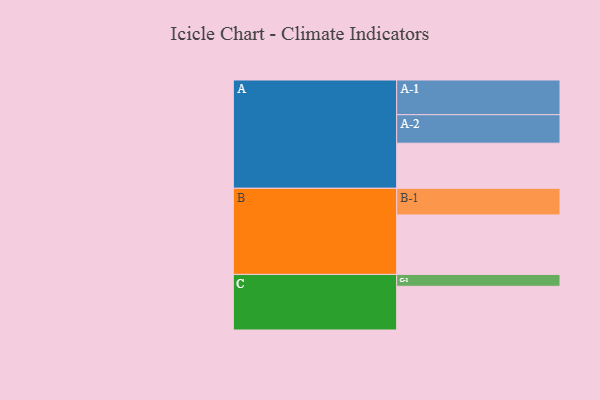
{"axis": {"x": "Segment", "y": "Value"}, "legend": ["", "A", "B", "C"], "data": [{"x": "A", "y": 386, "type": ""}, {"x": "B", "y": 509, "type": ""}, {"x": "C", "y": 374, "type": ""}, {"x": "A-1", "y": 297, "type": "A"}, {"x": "A-2", "y": 244, "type": "A"}, {"x": "B-1", "y": 228, "type": "B"}, {"x": "C-1", "y": 102, "type": "C"}]}